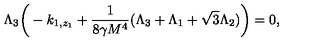
\Lambda _ { 3 } \bigg ( - k _ { 1 , z _ { 1 } } + \frac { 1 } { 8 \gamma M ^ { 4 } } ( \Lambda _ { 3 } + \Lambda _ { 1 } + \sqrt { 3 } \Lambda _ { 2 } ) \bigg ) = 0 ,